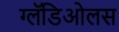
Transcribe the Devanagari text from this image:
ग्लॅडिओलस